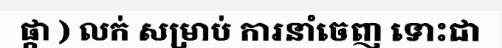
ផ្កា ) លក់ សម្រាប់ ការនាំចេញ ទោះជា